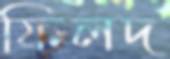
ফিলদ